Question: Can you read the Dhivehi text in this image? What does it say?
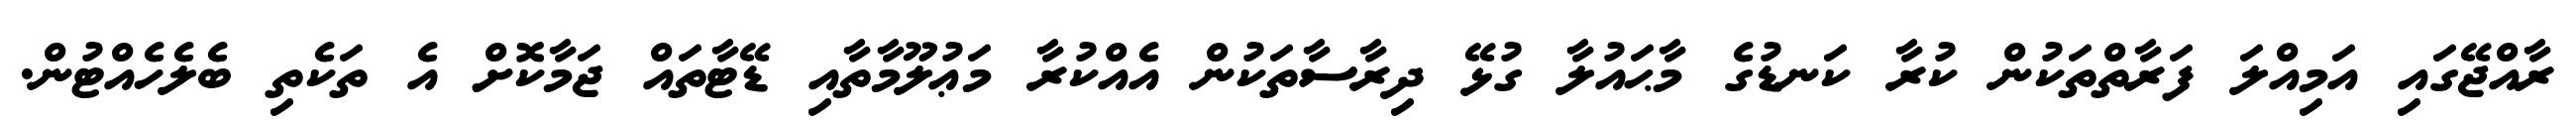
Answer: ރާއްޖޭގައި އަމިއްލަ ފަރާތްތަކުން ކުރާ ކަނޑުގެ މާޙައުލާ ގުޅޭ ދިރާސާތަކުން އެއްކުރާ މަޢުލޫމާތާއި ޑޭޓާތައް ޖަމާކޮށް އެ ތަކެތި ބެލެހެއްޓުން.